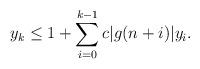
LaTeX: \begin{align*} y_k\leq 1+\sum_{i=0}^{k-1} c|g(n+i)|y_i.\end{align*}